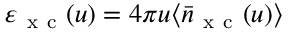
\varepsilon _ { \mathrm { ~ x ~ c ~ } } ( u ) = 4 \pi u \langle \bar { n } _ { \mathrm { ~ x ~ c ~ } } ( u ) \rangle